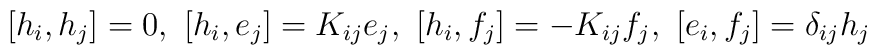
{[}h_i, h_j{]}=0,~{[}h_i, e_j{]}=K_{ij}e_j,~{[}h_i, f_j{]}=-K_{ij}f_j,~{[}e_i, f_j{]}=\delta_{ij}h_j